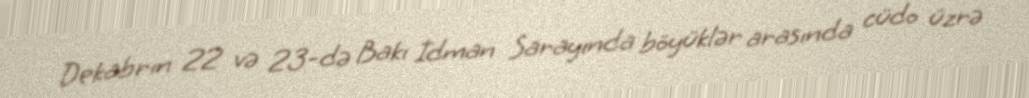
Dekabrın 22 və 23-də Bakı İdman Sarayında böyüklər arasında cüdo üzrə